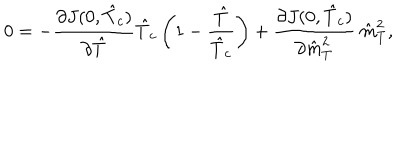
0 = - \frac { \partial J ( 0 , \hat { T } _ { c } ) } { \partial \hat { T } } \hat { T } _ { c } \left( 1 - \frac { \hat { T } } { \hat { T } _ { c } } \right) + \frac { \partial J ( 0 , \hat { T } _ { c } ) } { \partial \hat { m } _ { T } ^ { 2 } } ~ \hat { m } _ { T } ^ { 2 } ,